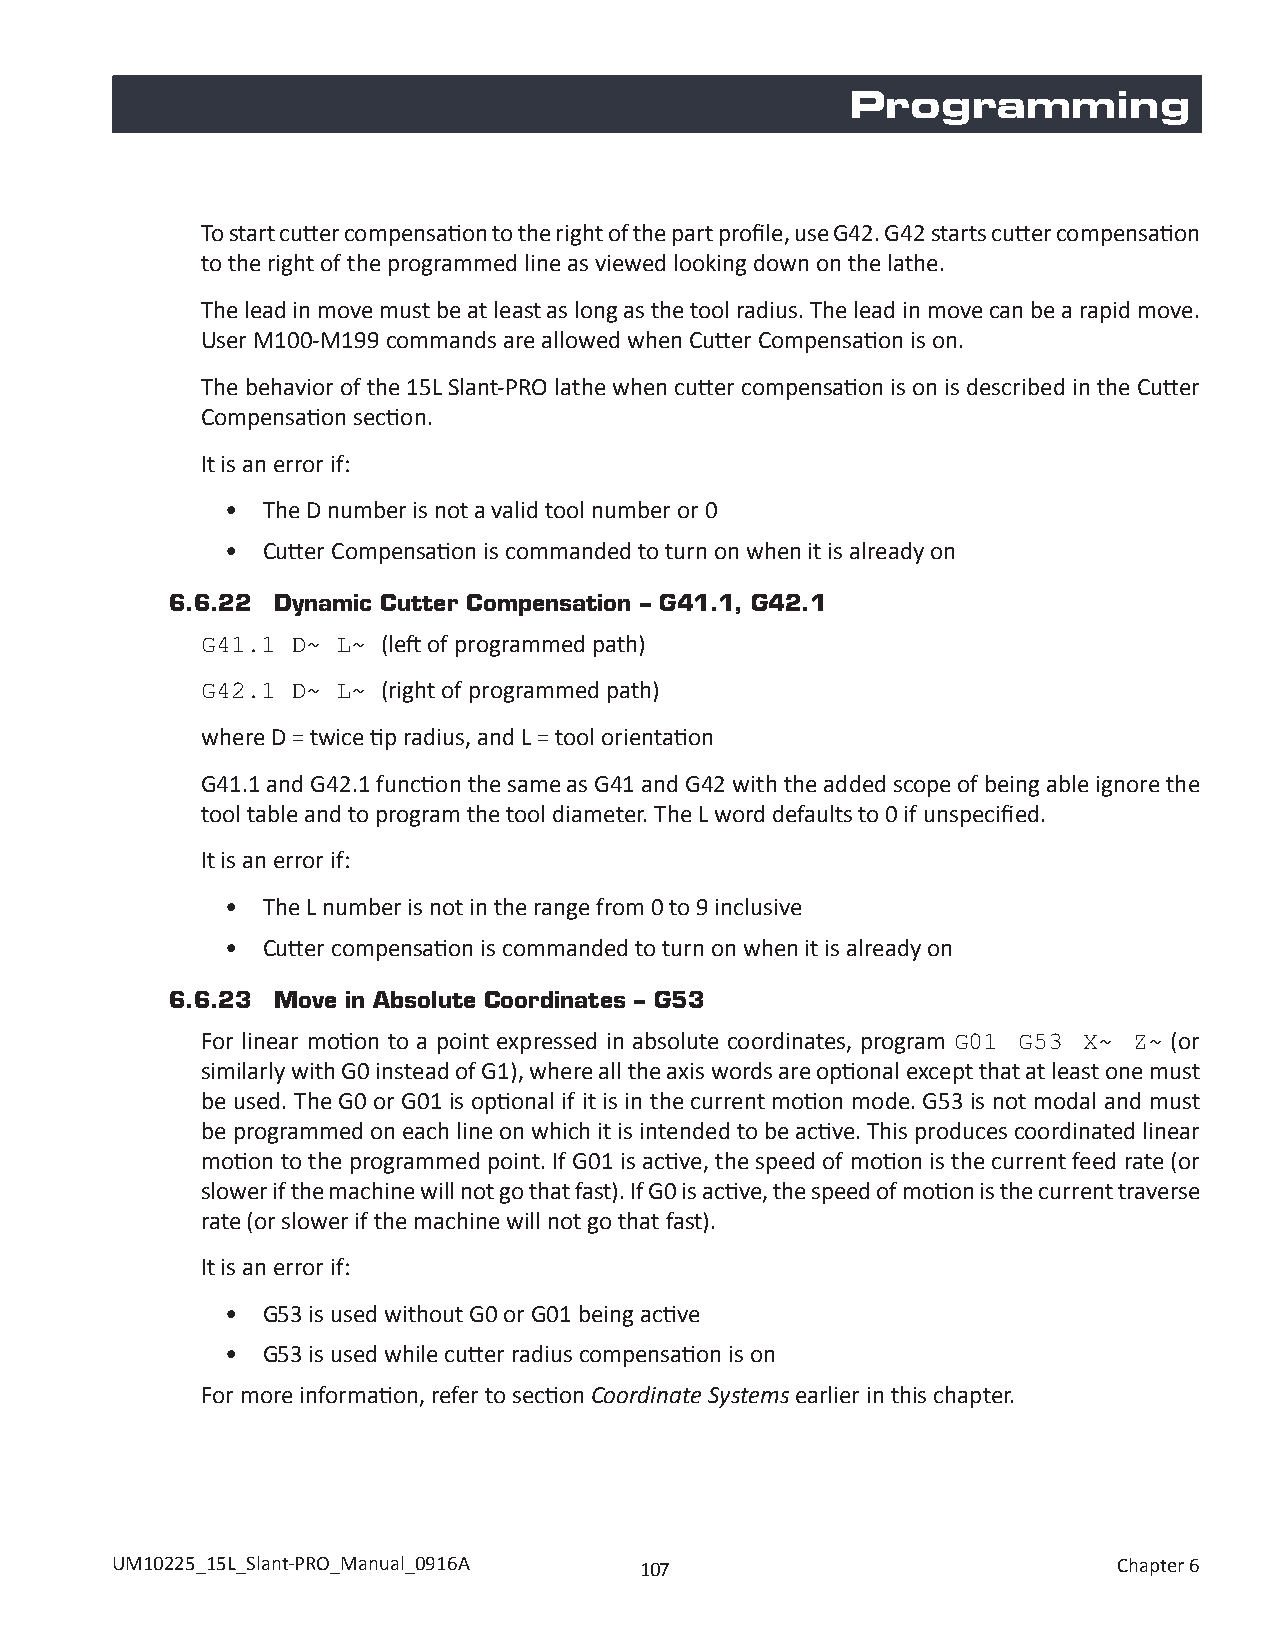
Programming
 To start cutter compensation to the right of the part profile, use G42. G42 starts cutter compensation
 to the right of the programmed line as viewed looking down on the lathe.
 The lead in move must be at least as long as the tool radius. The lead in move can be a rapid move.
 User M100-M199 commands are allowed when Cutter Compensation is on.
 The behavior of the 15L Slant-PRO lathe when cutter compensation is on is described in the Cutter
 Compensation section.
 It is an error if:
 • The D number is not a valid tool number or 0
 • Cutter Compensation is commanded to turn on when it is already on
 6.6.22 Dynamic Cutter Compensation – G41.1, G42.1
 (left of programmed path)
 G41.1 D~ L~
 (right of programmed path)
 G42.1 D~ L~
 where D = twice tip radius, and L = tool orientation
 G41.1 and G42.1 function the same as G41 and G42 with the added scope of being able ignore the
 tool table and to program the tool diameter. The L word defaults to 0 if unspecified.
 It is an error if:
 • The L number is not in the range from 0 to 9 inclusive
 • Cutter compensation is commanded to turn on when it is already on
 6.6.23 Move in Absolute Coordinates – G53
 For linear motion to a point expressed in absolute coordinates, program (or
 G01 G53  X~ Z~
 similarly with G0 instead of G1), where all the axis words are optional except that at least one must
 be used. The G0 or G01 is optional if it is in the current motion mode. G53 is not modal and must
 be programmed on each line on which it is intended to be active. This produces coordinated linear
 motion to the programmed point. If G01 is active, the speed of motion is the current feed rate (or
 slower if the machine will not go that fast). If G0 is active, the speed of motion is the current traverse
 rate (or slower if the machine will not go that fast).
 It is an error if:
 • G53 is used without G0 or G01 being active
 • G53 is used while cutter radius compensation is on
 For more information, refer to section Coordinate Systems earlier in this chapter.
 UM10225_15L_Slant-PRO_Manual_0916A 107                             Chapter 6